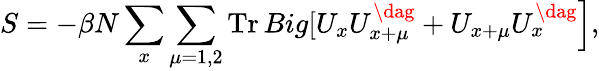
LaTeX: S=-\beta N\sum_{x}\sum_{\mu=1,2}\mathrm{Tr}\, Big[U_{x}U_{x+\mu}^{\dag}+U_{x+\mu}U_{x}^{\dag}\Big],